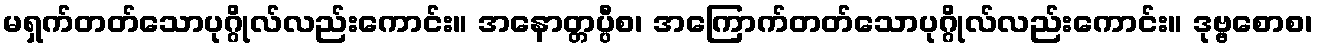
မရှက်တတ်သောပုဂ္ဂိုလ်လည်းကောင်း။ အနောတ္တပ္ပီစ၊ အကြောက်တတ်သောပုဂ္ဂိုလ်လည်းကောင်း။ ဒုဗ္ဗစောစ၊